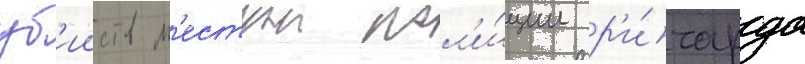
уб'ииств м'естнои пол'и́ции р'и́чарда